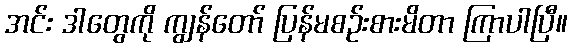
အင်း ဒါတွေကို ကျွန်တော် ပြန်မစဉ်းစားမိတာ ကြာပါပြီ။